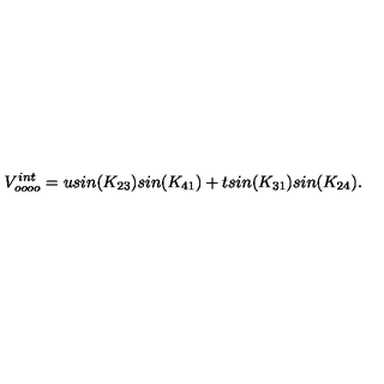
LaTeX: V _ { o o o o } ^ { i n t } = u s i n ( K _ { 2 3 } ) s i n ( K _ { 4 1 } ) + t s i n ( K _ { 3 1 } ) s i n ( K _ { 2 4 } ) .